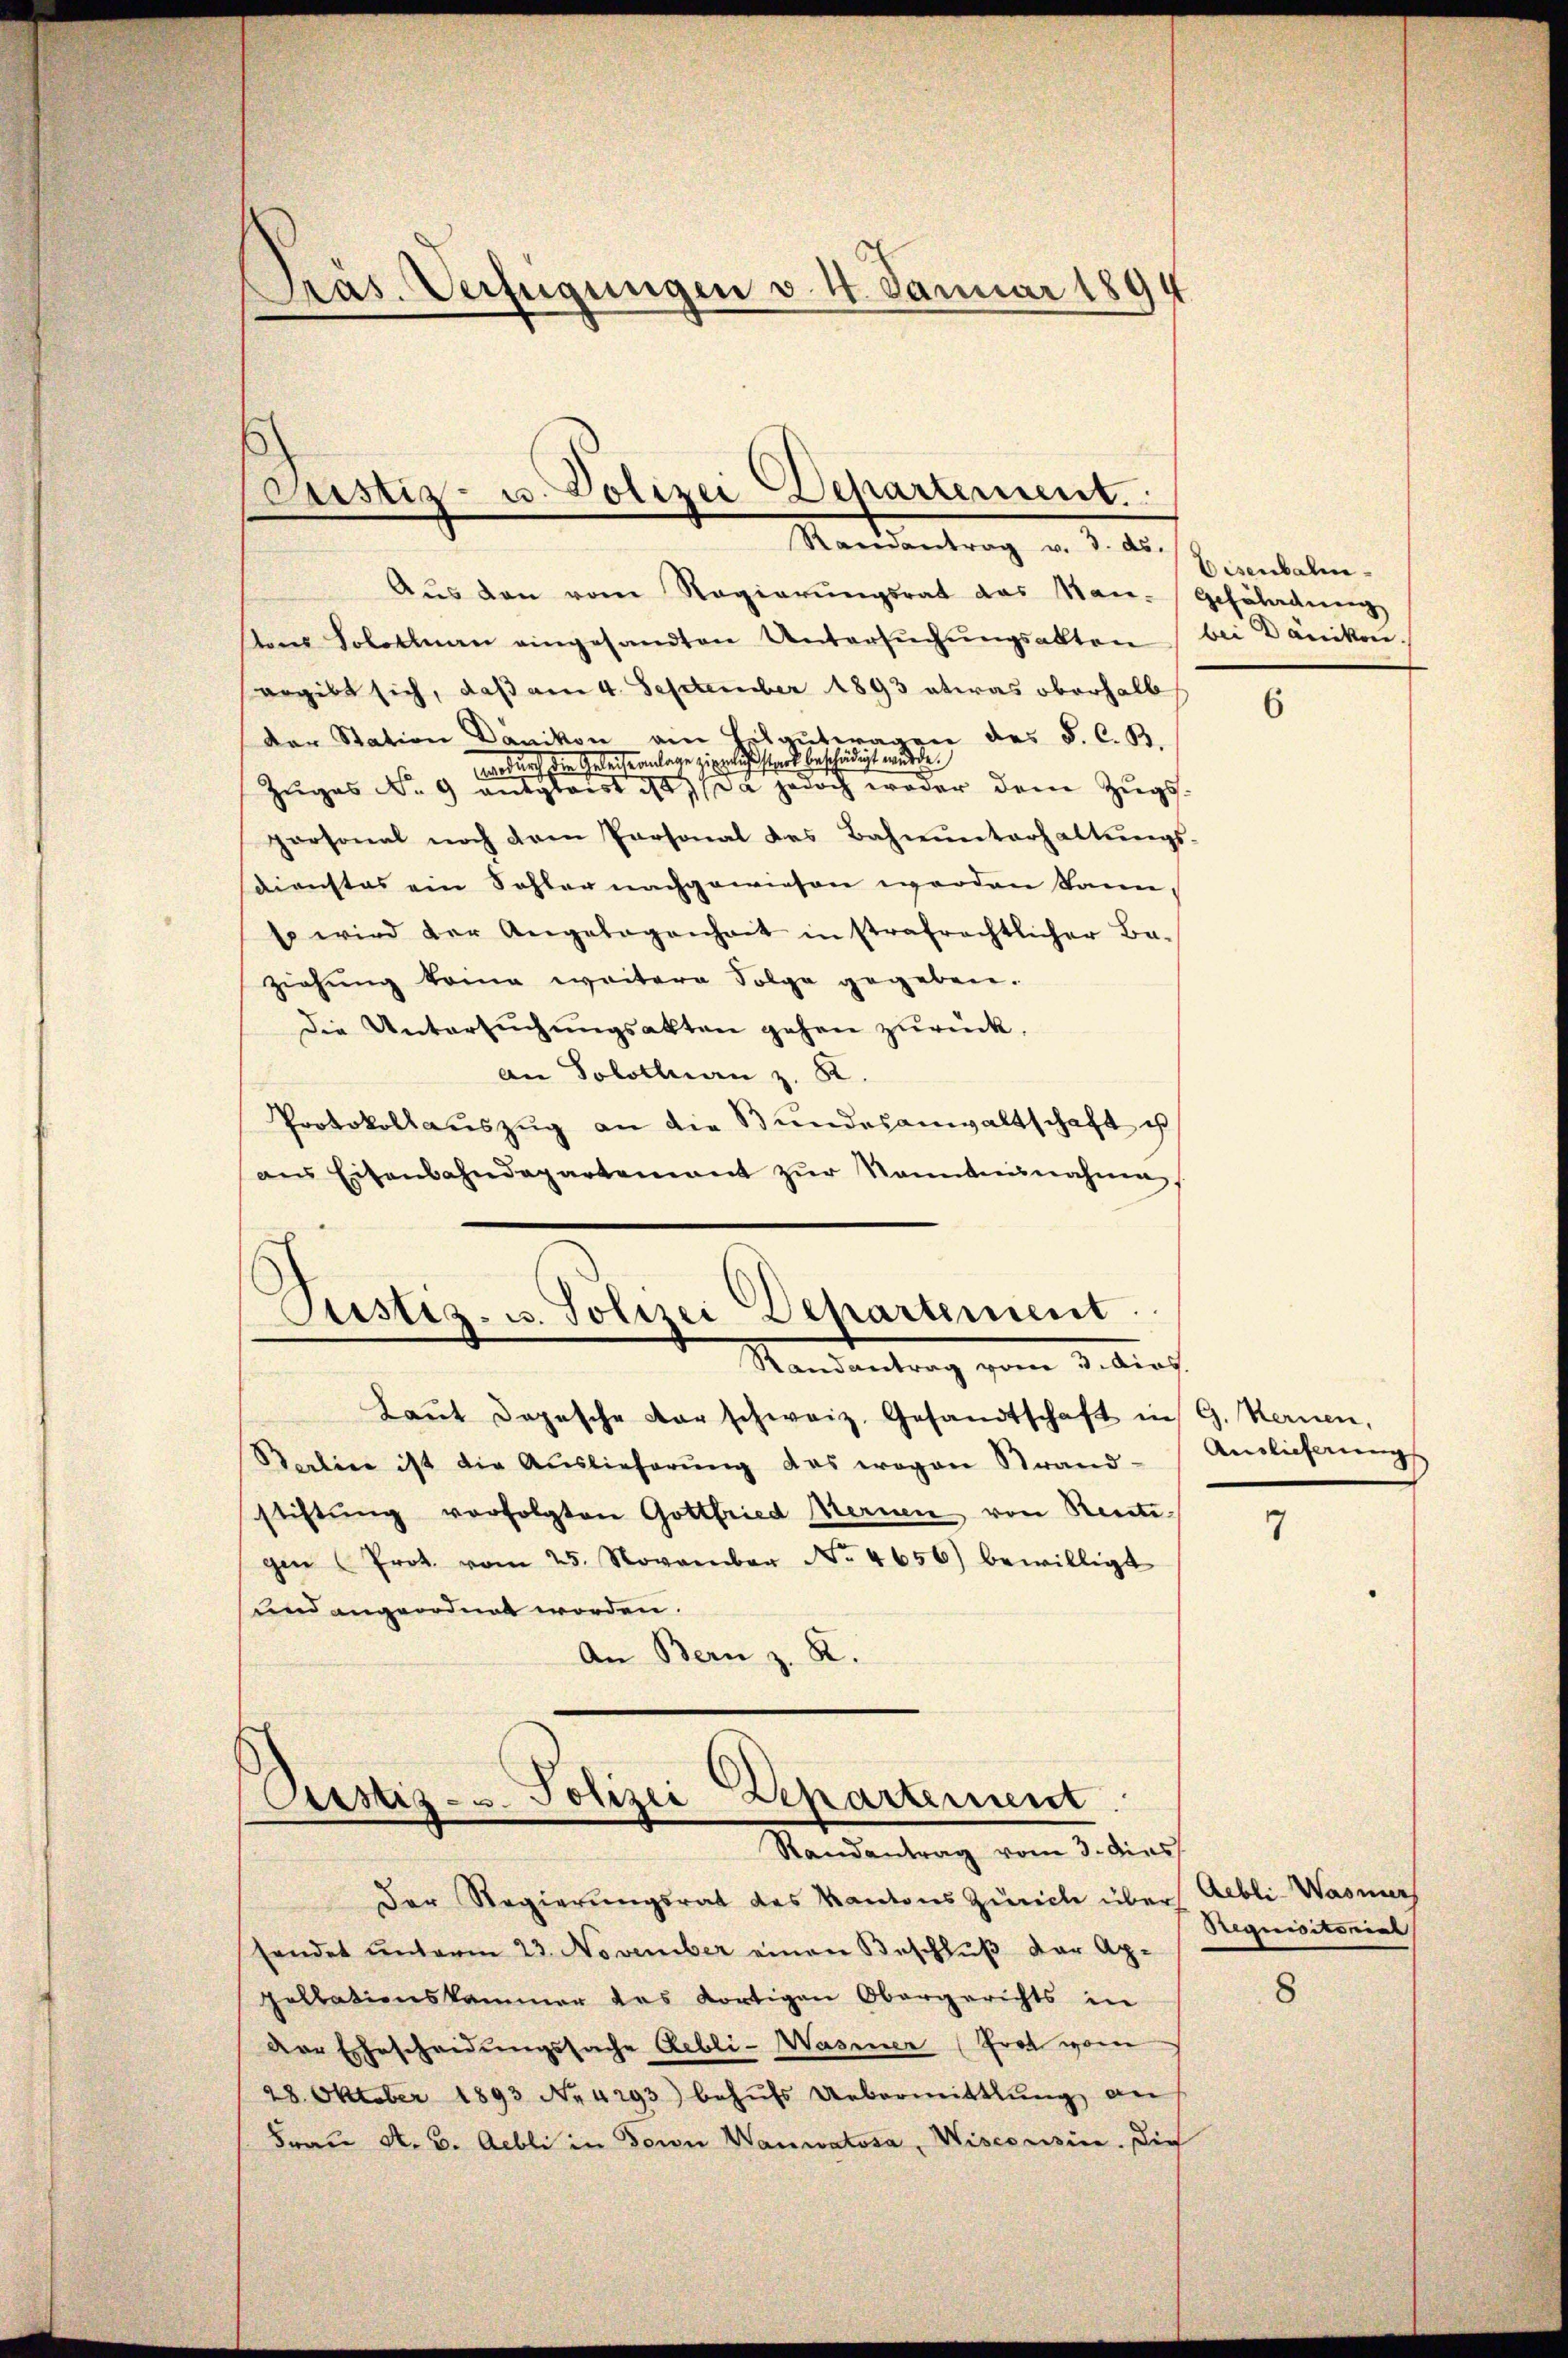
Aŭs den vom Regierŭngsrat das Nan-Gefährdung
ton Solothurn eingesandten Untersŭchŭngsakten bei Dänike
ergibt sich, daß am 4. September 1893 etwas oberhalb
Der Station Dänikon ain Helgutwagen des F. C. B.
wrdurch die Geleideanlage zierlich stark beschädigt wurde.
Zŭges No. 9 anglaist 187 da jedoch weder dem Zugspersonal noch dem Personal des Bahnŭnterhaltŭngs-
Dienstes ein Sohler nachgewiesen werden kann,
Es wird der Angelegenheit in strafrechtlicher Be-
ziehung keine weitere Folge gegeben.
Die Untersŭchŭngsakten gehen zurück,
An Solothurn z. R.
Protokollauszug an die Bundesanwaltschaft is
ans Eisenbahndepartement zŭr Nanntnisnahme,
Justiz- u. Polizei Departement.

Pras. Verfügungen v. 4. Januar 1894

astiz- u. Polizei Departement.
Raeantrag v. 3. ds.

Randantrag vom 3. Aics.

Laŭt dopesche der schweiz. Gesandtschaft in G. Kernen,
Baline ist die Auslieferung das wegen Strand-
stiftung vorfolgten Gottfried Kernen von Renti-
gen (Prot. vom 25. November No. 4656) bewilligt
und angeordnet worden.
An Bern z. R.

Pustiz- u. Polizei Departement
Randantrag vom 3. dies

Der Regierŭngsrat des Kantons Zürich über Abli-Wasner
hendet unterm 23. November einen Beschluß der Ap-
pellationskammer des dortigen Obergerichts in
Der Ehescheidungssache Rebli-Wasener (Prot vom
28. Oktober 1893 No 4293) behŭfs Uebermittlung an
Fraŭ A. B. Aebli in Forn Wanwatosa, Wisconsin. Dich

Eisenbahn¬

6

Anslicherung

7

Requisitorial